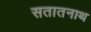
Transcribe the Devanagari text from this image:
सतातनाथ